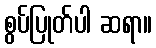
စွပ်ပြုတ်ပါ ဆရာ။